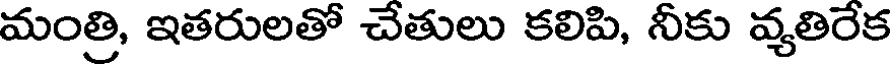
మంత్రి, ఇతరులతో చేతులు కలిపి, నీకు వ్యతిరేక